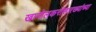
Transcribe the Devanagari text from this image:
खानोलकरांसारख्यांच्या